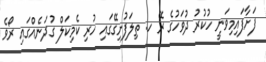
ފަށާފައިމިވަނީ ހުކުރު ދުވަހުގެ ރޭ ހ. ތިލަފުށިގޭގައި ހުރި ކެމިކަލް ގުދަނެއްގައި ރޯވެ